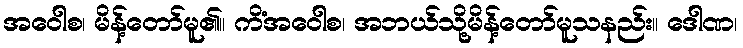
အဝေါစ၊ မိန့်တော်မူ၏။ ကိံအဝေါစ၊ အဘယ်သို့မိန့်တော်မူသနည်း။ ဒေါဏ၊